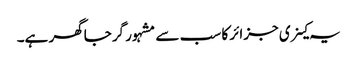
یہ کینری جزائر کا سب سے مشہور گرجاگھر ہے۔